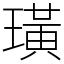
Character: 璜